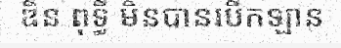
ឌិន ពុទ្ធី មិនបានបើកឡាន